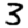
Digit: 3